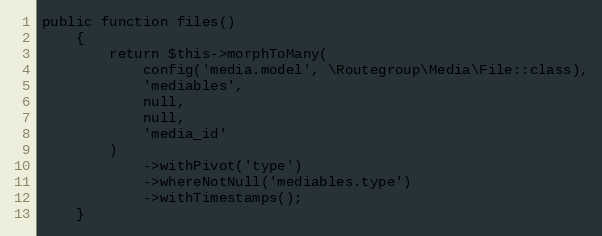
Language: PHP
public function files()
    {
        return $this->morphToMany(
            config('media.model', \Routegroup\Media\File::class),
            'mediables',
            null,
            null,
            'media_id'
        )
            ->withPivot('type')
            ->whereNotNull('mediables.type')
            ->withTimestamps();
    }